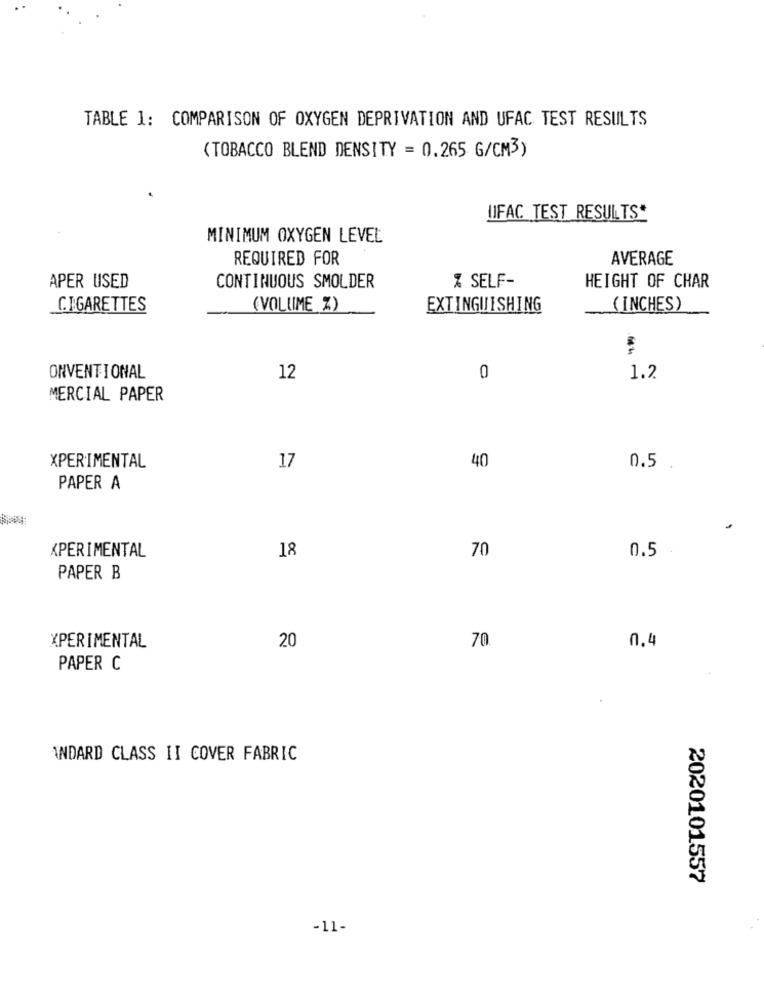
TABLE 1: COMPARISON OF OXYGEN DEPRIVATION AND UFAC TEST RESULTS
(TOBACCO BLEND DENSITY = 0.265 G/CM3)
UFAC TEST RESULTS*
MINIMUM OXYGEN LEVEL
REQUIRED FOR
AVERAGE
CONTINUOUS SMOLDER
APER USED
Z SELF-
HEIGHT OF CHAR
CIGARETTES
(VOLUME %)
EXTINGUISHING
( INCHES)
ONVENTIONAL
12
0
1.2
MERCIAL PAPER
XPERIMENTAL
17
40
0.5 .
PAPER A
XPERIMENTAL
18
70
0.5
PAPER B
20
XPERIMENTAL
70
0.4
PAPER C
ANDARD CLASS II COVER FABRIC
2020101557
-11-